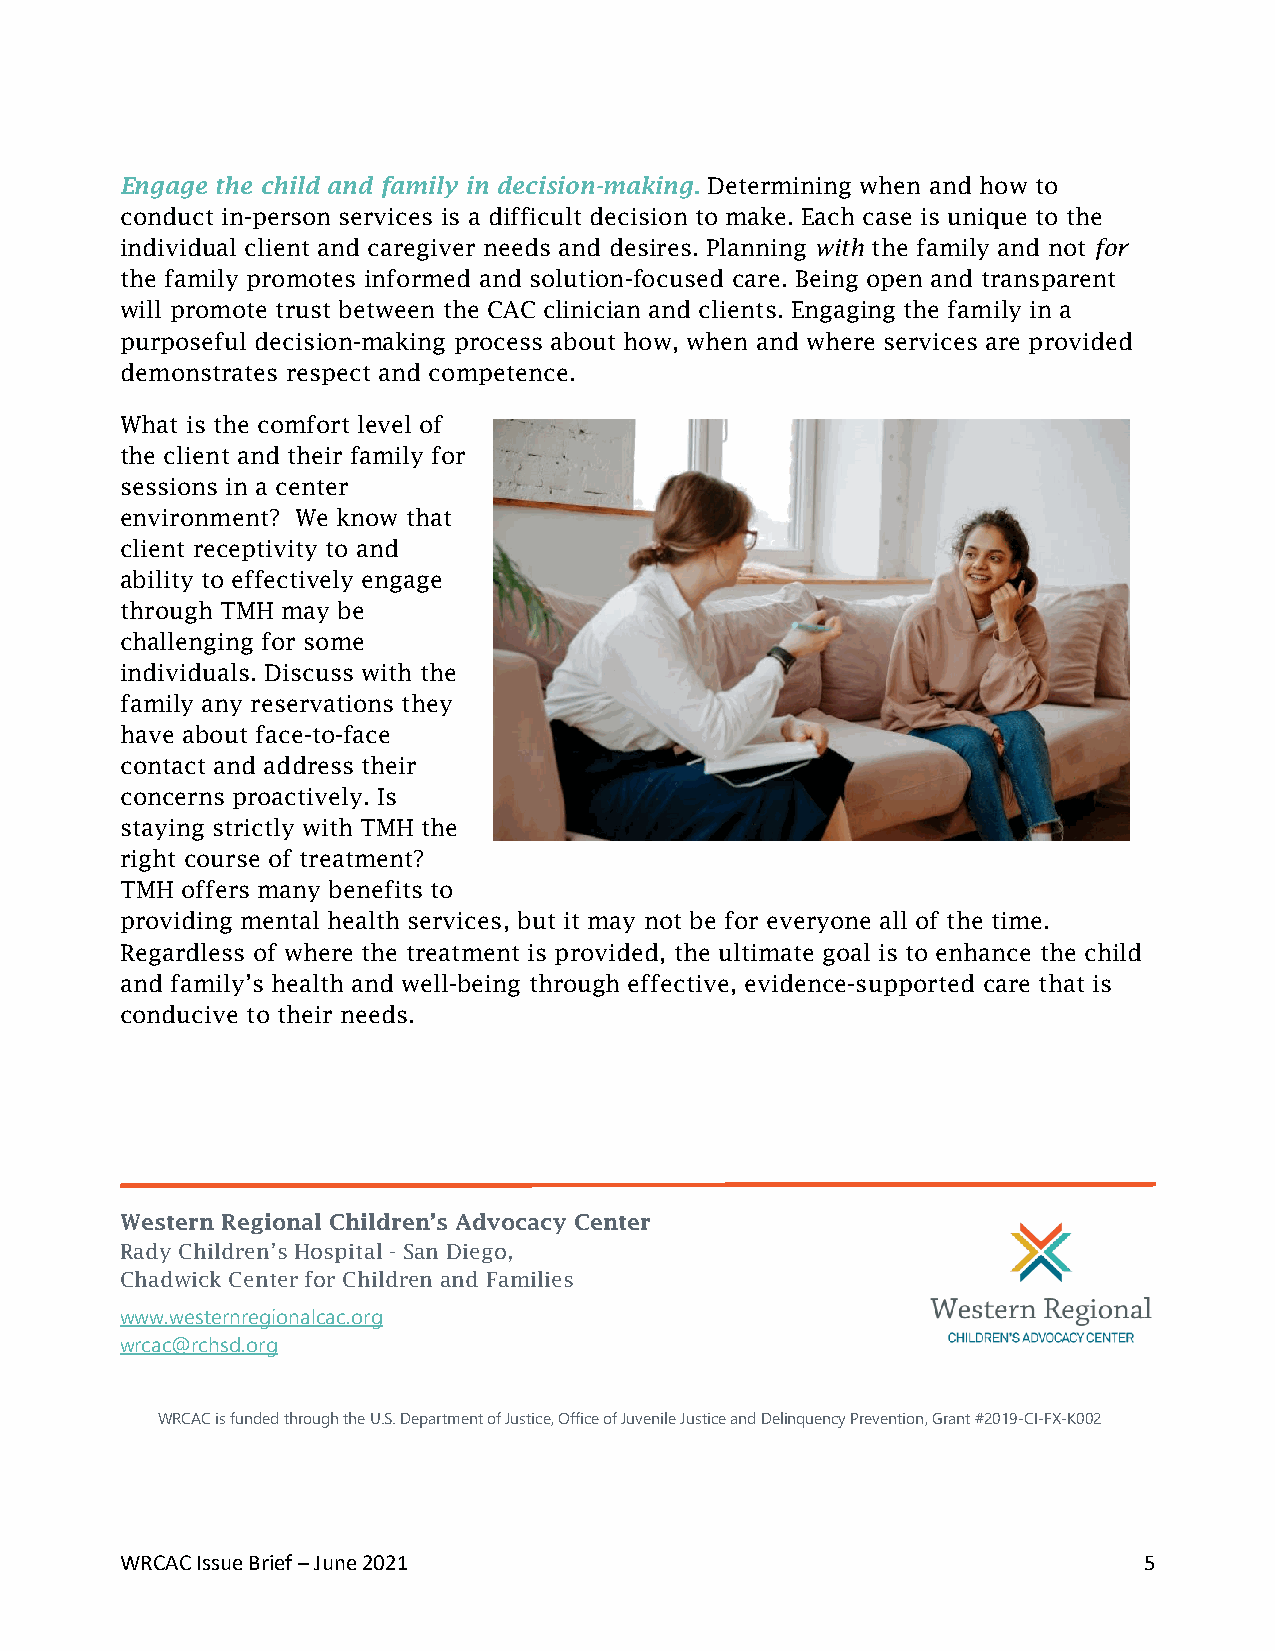
Engage the child and family in decision-making. Determining when and how to
 conduct in-person services is a difficult decision to make. Each case is unique to the
 individual client and caregiver needs and desires. Planning with the family and not for
 the family promotes informed and solution-focused care. Being open and transparent
 will promote trust between the CAC clinician and clients. Engaging the family in a
 purposeful decision-making process about how, when and where services are provided
 demonstrates respect and competence.
 What is the comfort level of
 the client and their family for
 sessions in a center
 environment? We know that
 client receptivity to and
 ability to effectively engage
 through TMH may be
 challenging for some
 individuals. Discuss with the
 family any reservations they
 have about face-to-face
 contact and address their
 concerns proactively. Is
 staying strictly with TMH the
 right course of treatment?
 TMH offers many benefits to
 providing mental health services, but it may not be for everyone all of the time.
 Regardless of where the treatment is provided, the ultimate goal is to enhance the child
 and family’s health and well-being through effective, evidence-supported care that is
 conducive to their needs.
 Western Regional Children’s Advocacy Center
 Rady Children’s Hospital - San Diego,
 Chadwick Center for Children and Families
 www.westernregionalcac.org
 wrcac@rchsd.org
 WRCAC is funded through the U.S. Department of Justice, Office of Juvenile Justice and Delinquency Prevention, Grant #2019-CI-FX-K002
 WRCAC Issue Brief – June 2021                                       5